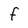
Character: f